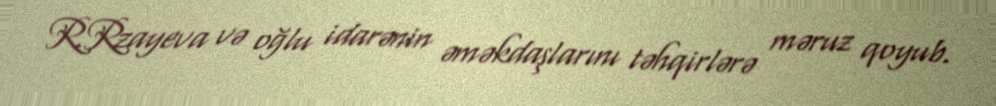
R.Rzayeva və oğlu idarənin əməkdaşlarını təhqirlərə məruz qoyub.